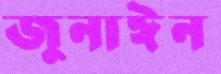
জুনাঈন